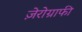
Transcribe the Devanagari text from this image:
ज़ेरोग्राफी